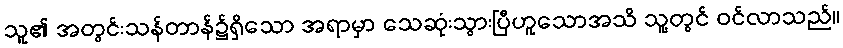
သူ၏ အတွင်းသန်တာန်၌ရှိသော အရာမှာ သေဆုံးသွားပြီဟူသောအသိ သူ့တွင် ဝင်လာသည်။